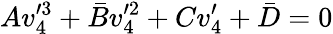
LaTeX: Av_{4}^{\prime 3}+\bar{B}v_{4}^{\prime 2}+Cv_{4}^{\prime}+\bar{D}=0